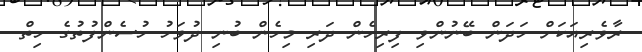
ރާވެރިއަކަށް ހަދަން ބޭނުންވި ފިރިހެން ދަރި މިހެން ބުނި ދުވަހު ހުސެންފުތުގެ ހިތް